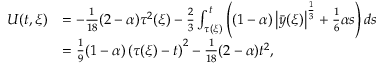
\begin{array} { r l } { U ( t , \xi ) } & { = - \frac { 1 } { 1 8 } ( 2 - \alpha ) \tau ^ { 2 } ( \xi ) - \frac { 2 } { 3 } \int _ { \tau ( \xi ) } ^ { t } \left( ( 1 - \alpha ) \left| \bar { y } ( \xi ) \right| ^ { \frac { 1 } { 3 } } + \frac { 1 } { 6 } \alpha s \right) d s } \\ & { = \frac { 1 } { 9 } ( 1 - \alpha ) \left( \tau ( \xi ) - t \right) ^ { 2 } - \frac { 1 } { 1 8 } ( 2 - \alpha ) t ^ { 2 } , } \end{array}